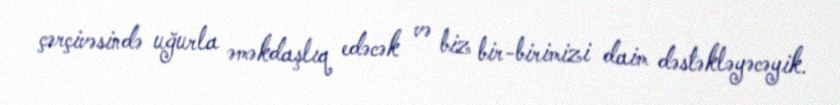
çərçivəsində uğurla əməkdaşlıq edəcək və biz bir-birimizi daim dəstəkləyəcəyik.